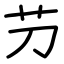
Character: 芀